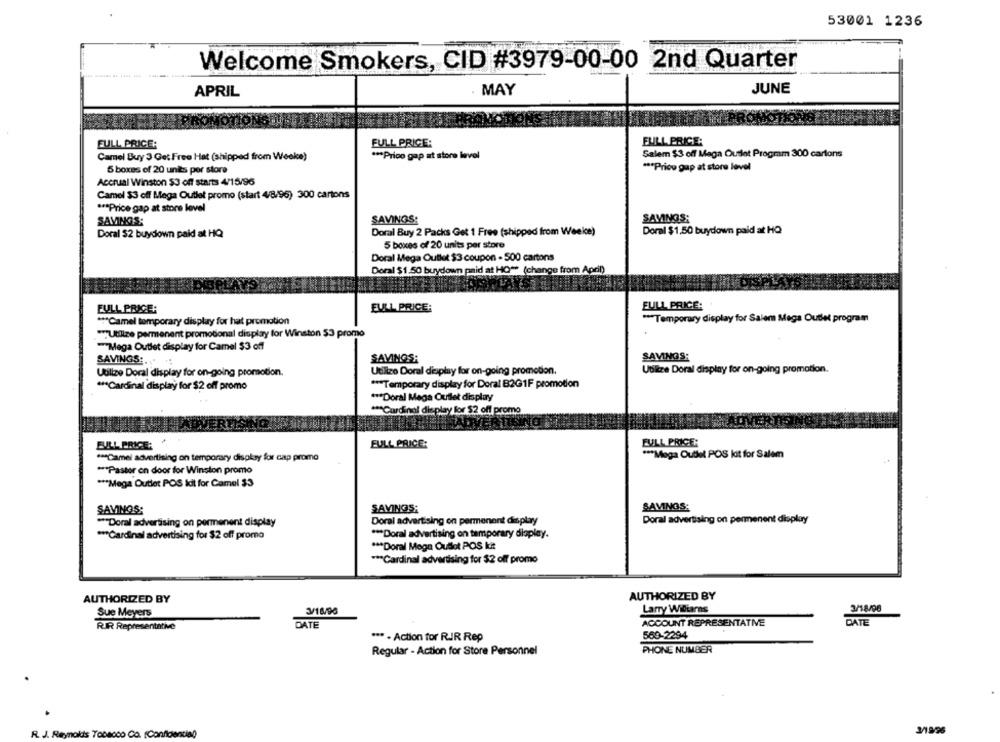
53001 1236
Welcome Smokers, CID #3979-00-00 2nd Quarter
JUNE
APRIL
MAY
FULL PRICE:
FULL PRICE:
FULL PRICE:
Camel Buy 3 Get Free Hat (shipped from Weeke)
*** Prico gap at store level
Salem $3 off Maga Ouset Program 300 cartons
5 boxes of 20 units por store
*** Price gap at store level
Accrual Winston $3 off starts 4/15/96
Camel $3 off Mega Outlet promo (start 4/8/96) 300 cartons
*** Price gap at store level
SAVINGS:
SAVINGS:
SAVINGS:
Doral Buy 2 Packs Get 1 Free (shipped from Weekce)
Doral $1,50 buydown paid at HQ
Doral $2 buydown paid at HQ
5 boxes of 20 units per store
Doral Mega Outlet $3 coupon - 500 cartons
Doral $1.50 buydown paid at HO" (change from April)
FULL PRICE:
FULL PRICE:
FULL PRICE:
*** Temporary display for Salem Mega Outlet program
*** Camel temporary display for hat promotion
"Utlize permenent promotional display for Winston $3 promo
-Mega Outlet display for Camel $3 off
SAVINGS:
SAVINGS:
SAVINGS:
Utilize Doral display for on-going promotion.
Utilizo Doral display for on-going promotion.
Ubiire Doral display for on-going promotion.
*** Cardinal display for $2 off promo
*** Temporary display for Doral B2G1F promotion
*** Doral Mega Outlet display
*** Cardinal display for $2 off promo
FULL PRICE:
FULL PRICE:
FULL PRICE:
*** Camel advertising on temporary display for cap promo
*** Mega Outlet POS It for Salem
*** Pastor on door for Winston promo
*** Mega Outlet POS idit for Camel $3
SAVINGS:
SAVINGS:
SAVINGS:
Doral advertising on permenent display
** "Doral advertising on permanent display
Doral advertising on permenent display
*** Cardinal advertising for $2 off promo
*** Doral advertising on temporary display.
*** Doral Mega Outlet POS kit
*** Cardinal advertising for $2 off promo
AUTHORIZED BY
AUTHORIZED BY
Larry Williarns
3/18/98
Sue Meyers
3/18/98
DATE
ACCOUNT REPRESENTATIVE
DATE
RIR Representative
*** - Action for RIR Rep
569-2294
Regular - Action for Store Personnel
PHONE NUMBER
R.J. Reynolds Tobacco Co. (Confidencial)